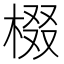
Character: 棳